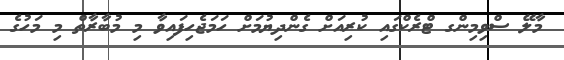
މާލޭ ސްވިމިންގ ޓްރެކްގައި ކުރިއަށް ގެންދިޔުމަށް ހަމަޖެހިފައިވާ މި މުބާރާތް މި މަހުގެ